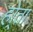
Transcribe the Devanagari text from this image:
हो्ता